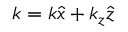
\ensuremath { \boldsymbol { k } } = k \ensuremath { \boldsymbol { \hat { x } } } + k _ { z } \ensuremath { \boldsymbol { \hat { z } } }